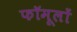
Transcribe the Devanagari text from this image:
फॉमूलों